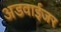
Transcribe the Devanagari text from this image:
अडवाईजर